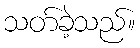
သတ်ခဲ့သည်။